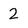
Character: 2